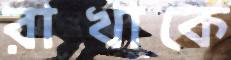
রাখাকে